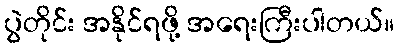
ပွဲတိုင်း အနိုင်ရဖို့ အရေးကြီးပါတယ်။